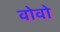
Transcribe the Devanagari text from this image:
वोवो